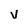
Character: v